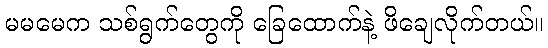
မမမေက သစ်ရွက်တွေကို ခြေထောက်နဲ့ ဖိချေလိုက်တယ်။